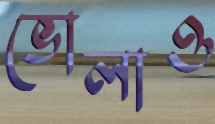
ভোলাও